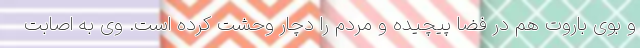
و بوی باروت هم در فضا پیچیده و مردم را دچار وحشت کرده است. وی به اصابت